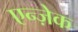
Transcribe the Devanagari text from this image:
एन्ज़ेक